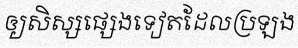
ឲ្យសិស្សផ្សេងទៀតដែលប្រឡង